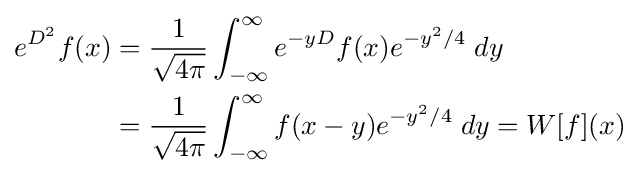
{\begin{aligned}e^{D^{2}}f(x)&={\frac {1}{\sqrt {4\pi }}}\int _{-\infty }^{\infty }e^{-yD}f(x)e^{-y^{2}/4}\;dy\\&={\frac {1}{\sqrt {4\pi }}}\int _{-\infty }^{\infty }f(x-y)e^{-y^{2}/4}\;dy=W[f](x)\end{aligned}}